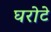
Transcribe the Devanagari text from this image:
घरोटे